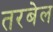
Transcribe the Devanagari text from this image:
तरबेल